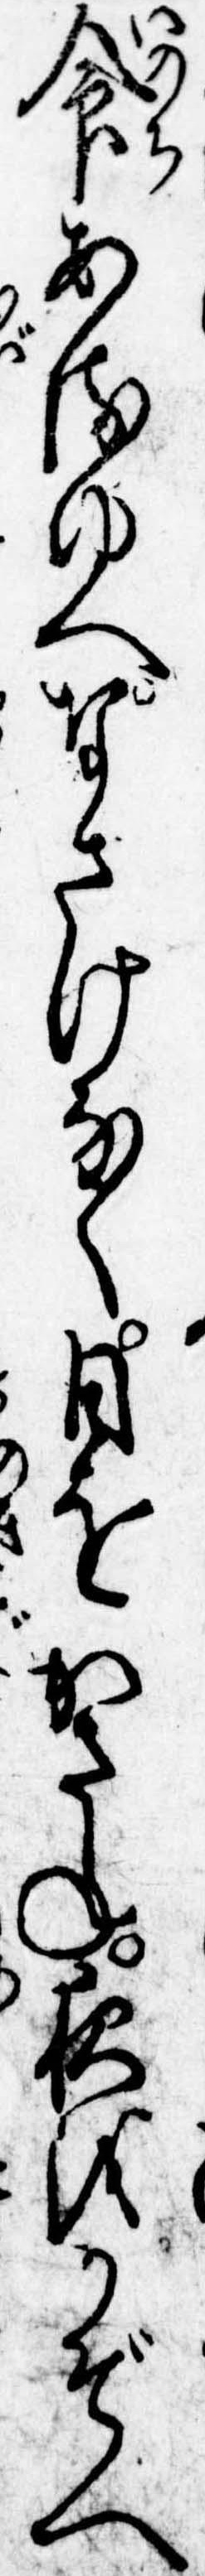
命あるゆへなさけなく日をかさね夜をかぞへ